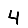
Digit: 4